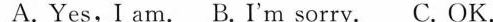
A.Yes,I am. B.I'm sorry. C.OK.